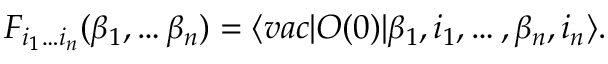
F _ { i _ { 1 } \dots i _ { n } } ( \beta _ { 1 } , \dots \beta _ { n } ) = \langle v a c \vert O ( 0 ) \vert \beta _ { 1 } , i _ { 1 } , \dots , \beta _ { n } , i _ { n } \rangle .